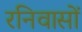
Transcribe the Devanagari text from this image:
रनिवासों